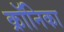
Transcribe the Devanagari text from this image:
क्रॉनिका